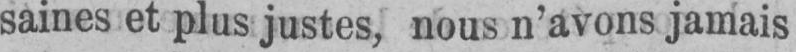
saines et plus justes, nous n’avons jamais